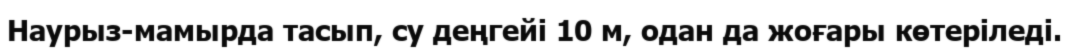
Наурыз-мамырда тасып, су деңгейі 10 м, одан да жоғары көтеріледі.